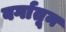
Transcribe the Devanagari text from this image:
वर्गातून